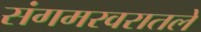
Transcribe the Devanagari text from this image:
संगमरवरातले